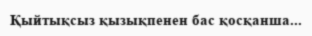
Қыйтықсыз қызықпенен бас қосқанша...